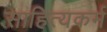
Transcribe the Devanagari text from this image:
साहित्यकर्म